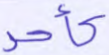
كأحد